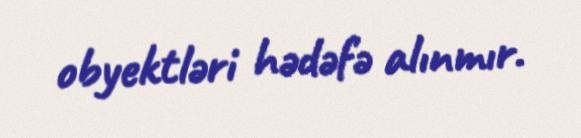
obyektləri hədəfə alınmır.